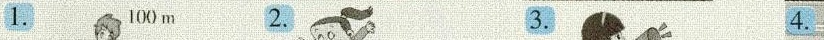
10 () m 2. 3. 4.